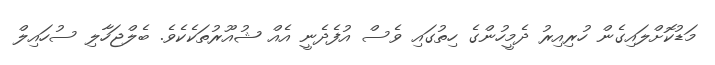
މަޑުކޮށްލައިގެން ހުރިއިރު ދެމީހުންގެ ހިތުގައި ވެސް އުފެދެނީ އެއް ޝުއޫރުތަކެކެވެ. ބެލްޖަހާލި ސުހައިލް